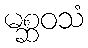
မစ္ဆဝသံ